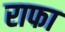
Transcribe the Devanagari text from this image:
राफा